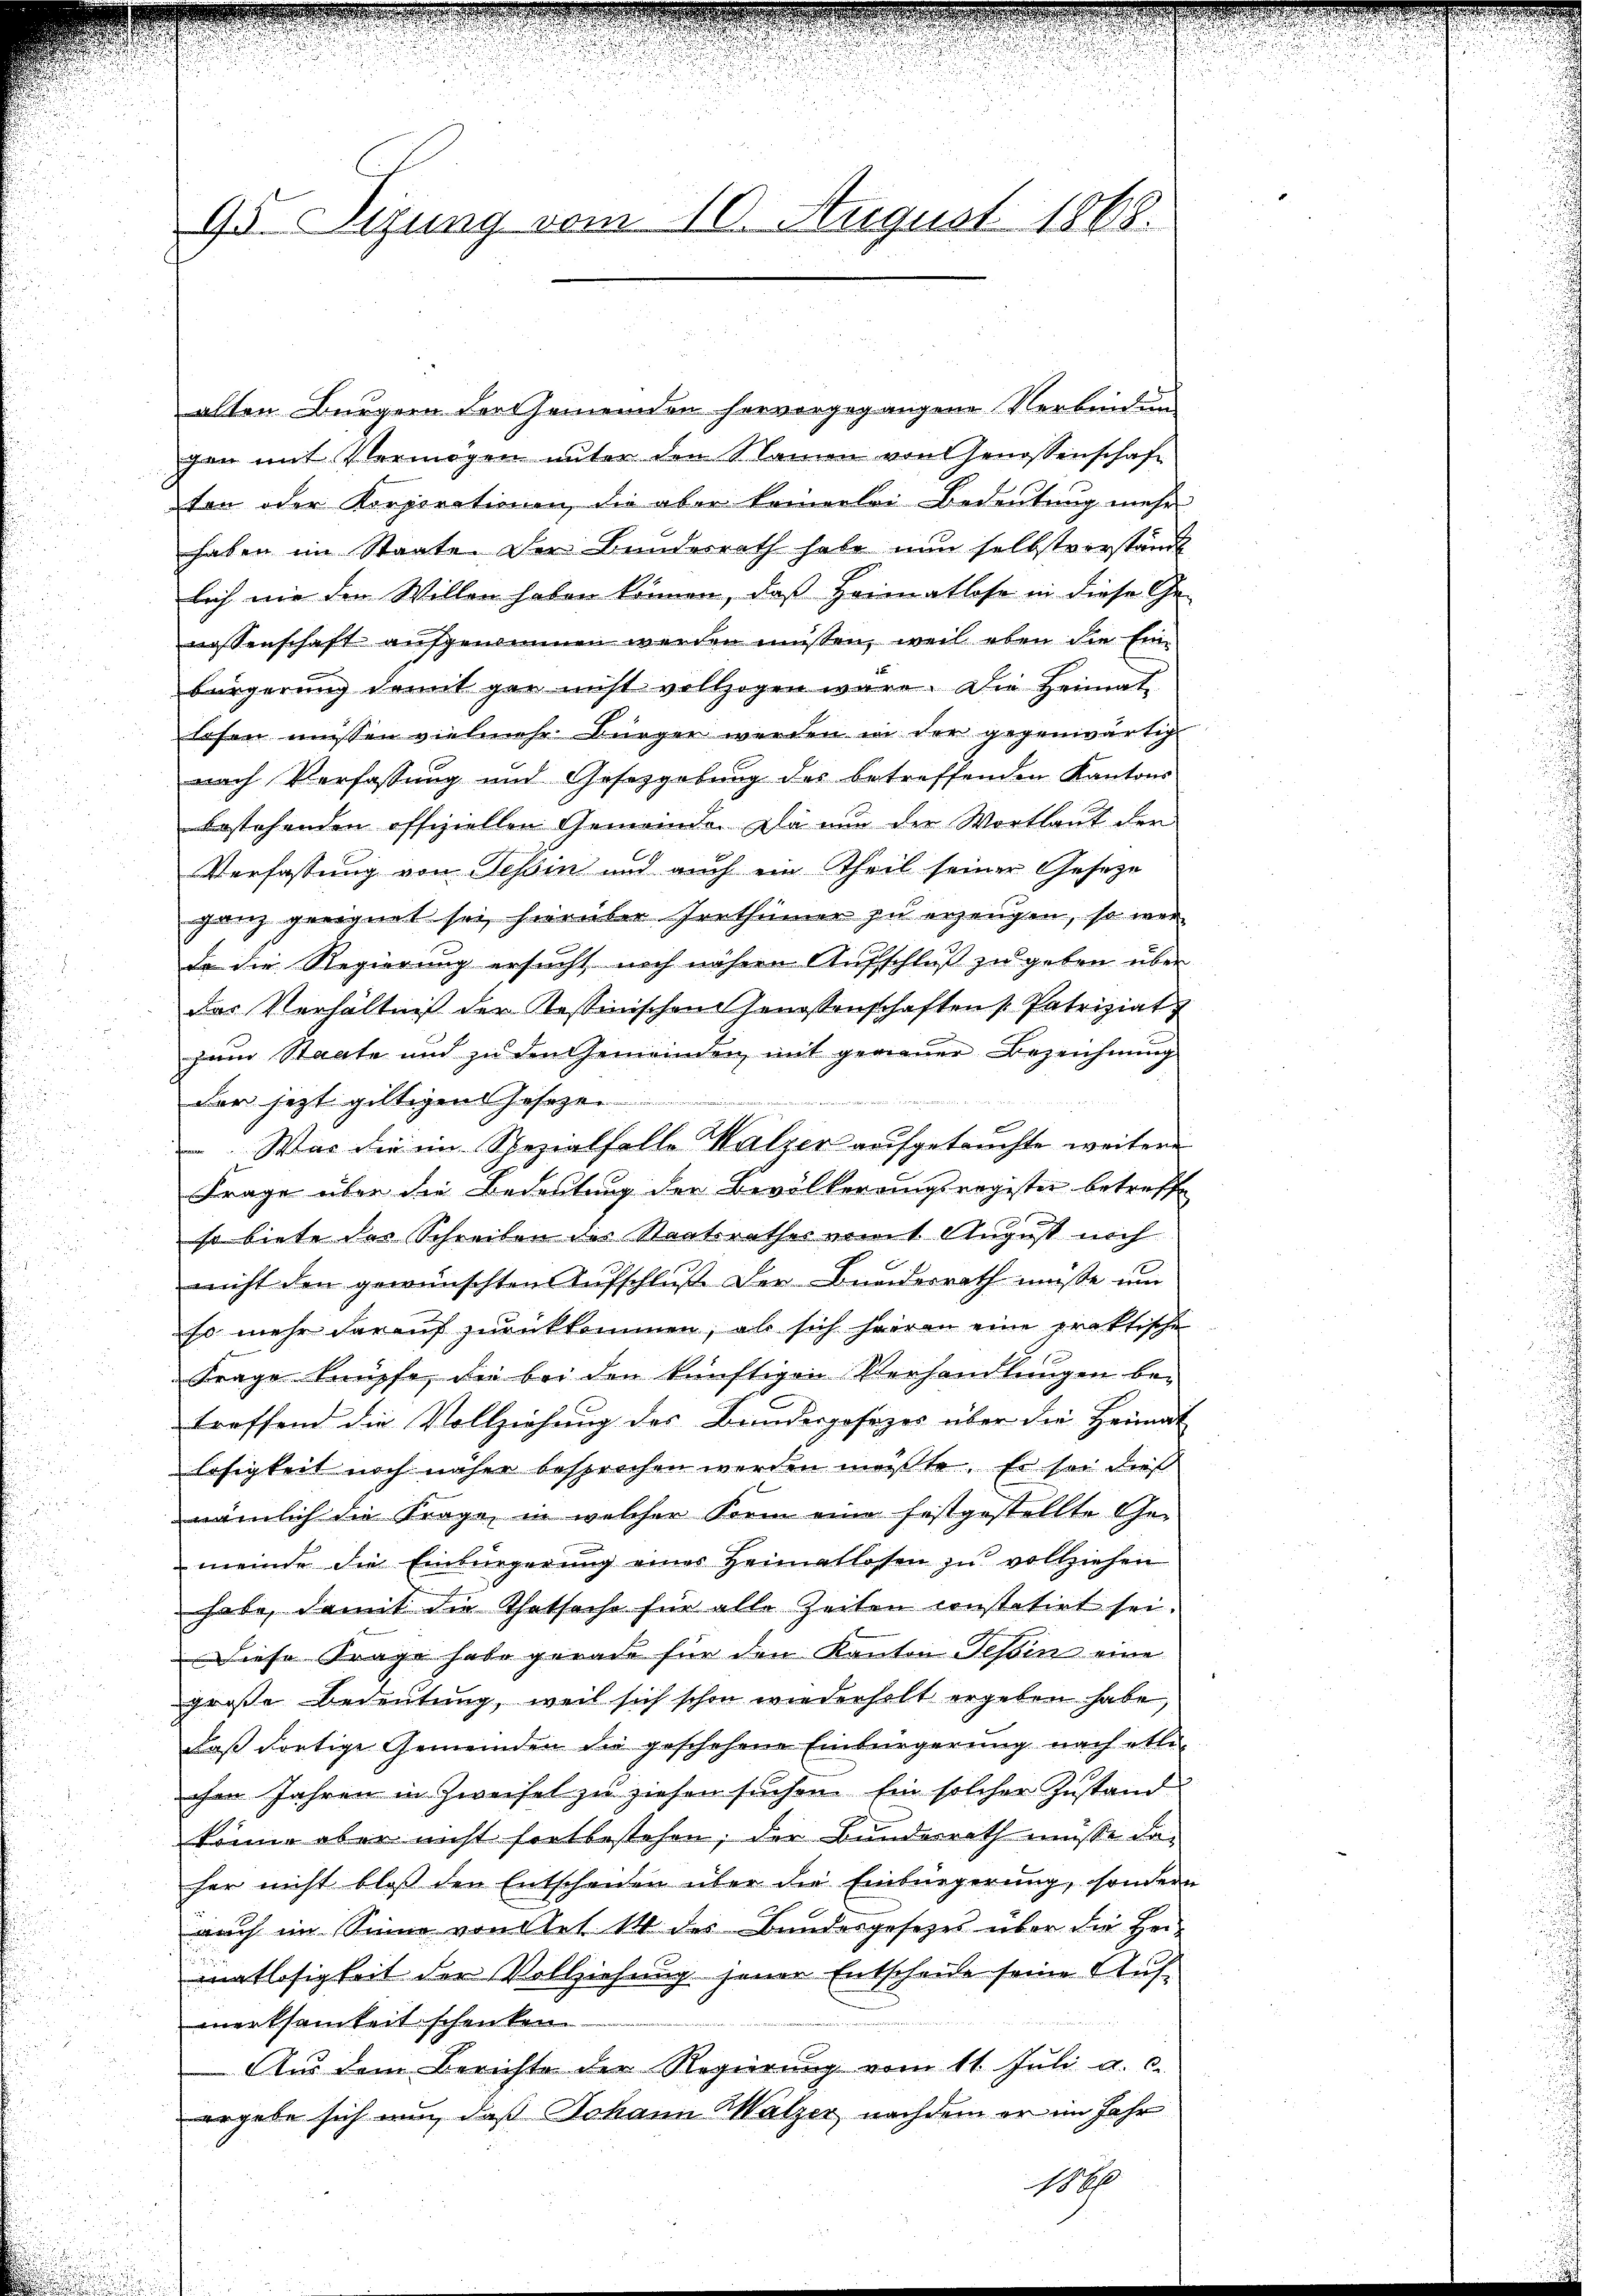
95 Sizung vom 10. August 1868.

alten Bürgern der Gemeinden hervorgegangene Verbindung
gan mit Vermögen unter den Namen von Genossenschaft
ton oder Korporationen, die aber keinerlei Bedeutung mehr
haben im Staate. Der Bundesrath habe nun selbstverstände
lich nie den Willen haben können, daß Heimatlose in diese Ge-
nossenschaft aufgenommen werden müssen, weil eben die Einbürgerŭng damit gar nicht vollzogen wäre. Die Heimat-
losen müssen vielmehr Bürger werden in der gegenwärtig
nach Verfassung und Gesetzgebung des betreffenden Kantons
bestehenden offiziellen Gemeinde. Da nun der Wortlaut der
Verfassung von Tessin und auch ein Theil seiner Geseze
ganz geeignet sei hierüber Irrthümer zu erzeugen, so war
de die Regierung ersucht noch nähern Aufschluß zu geben über
das Verhältnis der Tessinischen Genossenschaften Patriziat
zum Staate und zu den Gemeinden mit gemaŭer Bezeichnŭng
Dar jezt giltigen Joseze
e
 Was die im Spezialfalle Walzer aufgetruchte weitere
Frage über die Bedeutung der Bevölkerungsregister betreffe
so biete des Schreiben der Staatsrathes mit August noch
nicht den gewünschten Aŭfschlŭβ der Beeiderrath müsse um
so mehr darauf zurückkommen, als sich heran eine praktische
Frage knüpfe, die bei den künftigen Verhandlungen betreffend die Vollziehung des Bundesgesezes über die Heimat
losigkeit noch näher besprochen werden müßte. Es sei dieß
nämlich die Trage, in welcher Form eine festgestellte Ge-
meinde die Einbürgerung eines Heimatlosen zu vollziehen
habe, damit die Thatsache für alle Zeiten constatirt sei.
Diese Frage habe gerade für den Kanton Tessin eine
große Bedeutung, weil sich schon wiederholt ergeben habe,
Daß dortige Gemeinden die geschehene Einbürgerung nach etli-
chen Jahren in Zweifel zu ziehen suchen. Ein solcher Zustand
könne aber nicht fortbestehen; der Bundesrath müsse daher nicht bloß den Entscheiden über die Einbürgerung, sonder
auch im Sinne von Alet 14 des Bandesgesetzes über die Heimatlosigkeit der Vollziehung jener Entscheide seine Aufmerksamkeit schenken.
Aus dem Berichte der Regierung vom 11. Juli a. c.
ergebe sich nun, daß Johann Walzer, nachdem er im Jahr
1860

e